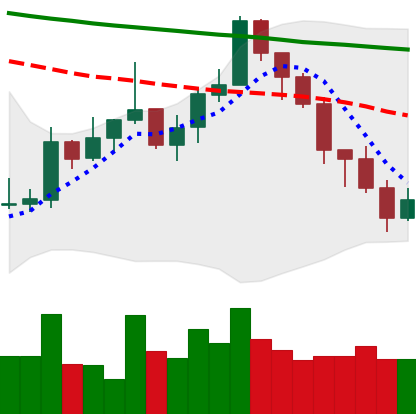
Ticker: XMR-USD
Chart end date: 2022-01-09
Forward return: 20.35%
Label: up_7plus